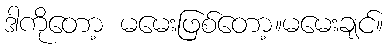
ဒါကိုတော့ မမေးဖြစ်တော့။မမေးချင်။